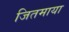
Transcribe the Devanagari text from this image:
जितमाया